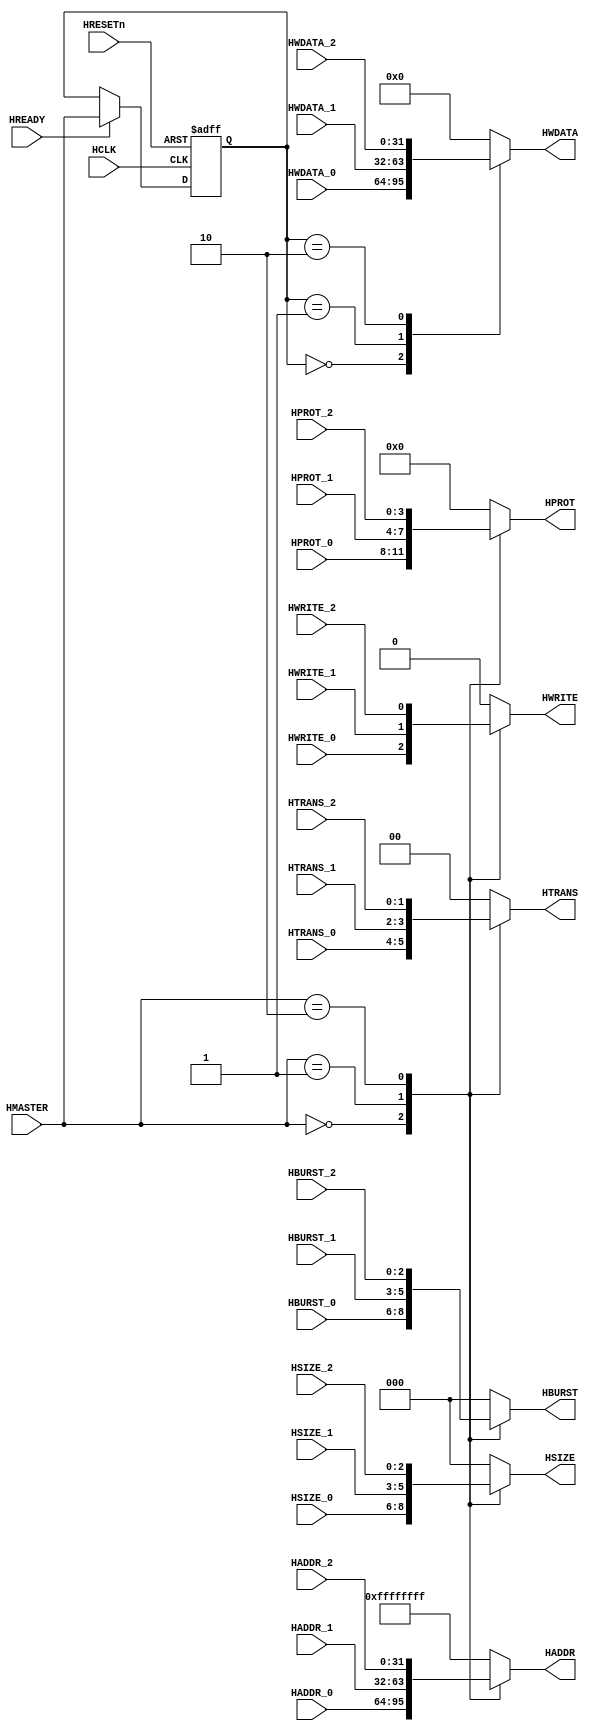
`ifndef AHB_M2S_M3_V
`define AHB_M2S_M3_V
/*********************************************************
 * Copyright (c) 2007 by Ando Ki.
 * All right reserved.
 *
 * http://www.dynalith.com
 * adki@dynalith.com
 *********************************************************/
/* AMBA AHB Master-to-Slave Mux
 */
`timescale 1ns/1ns

module ahb_m2s_m3 (
       HRESETn,
       HCLK,
       HREADY,
       HMASTER,
       HADDR,
       HPROT,
       HTRANS,
       HWRITE,
       HSIZE,
       HBURST,
       HWDATA,
       HADDR_0, HPROT_0, HTRANS_0, HWRITE_0, HSIZE_0, HBURST_0, HWDATA_0,
       HADDR_1, HPROT_1, HTRANS_1, HWRITE_1, HSIZE_1, HBURST_1, HWDATA_1,
       HADDR_2, HPROT_2, HTRANS_2, HWRITE_2, HSIZE_2, HBURST_2, HWDATA_2
);
  parameter NUM_MASTER = 3;
       input         HRESETn;  wire        HRESETn; 
       input         HCLK;     wire        HCLK;
       input         HREADY;   wire        HREADY;
       input  [3:0]  HMASTER;  wire [3:0]  HMASTER;
       output [31:0] HADDR;    reg  [31:0] HADDR;
       output [3:0]  HPROT;    reg  [3:0]  HPROT;
       output [1:0]  HTRANS;   reg  [1:0]  HTRANS;
       output        HWRITE;   reg         HWRITE;
       output [2:0]  HSIZE;    reg  [2:0]  HSIZE;
       output [2:0]  HBURST;   reg  [2:0]  HBURST;
       output [31:0] HWDATA;   reg  [31:0] HWDATA;
       input  [31:0] HADDR_0;  wire [31:0] HADDR_0;
       input  [3:0]  HPROT_0;  wire [3:0]  HPROT_0;
       input  [1:0]  HTRANS_0; wire [1:0]  HTRANS_0;
       input         HWRITE_0; wire        HWRITE_0;
       input  [2:0]  HSIZE_0;  wire [2:0]  HSIZE_0;
       input  [2:0]  HBURST_0; wire [2:0]  HBURST_0;
       input  [31:0] HWDATA_0; wire [31:0] HWDATA_0;
       input  [31:0] HADDR_1;  wire [31:0] HADDR_1;
       input  [3:0]  HPROT_1;  wire [3:0]  HPROT_1;
       input  [1:0]  HTRANS_1; wire [1:0]  HTRANS_1;
       input         HWRITE_1; wire        HWRITE_1;
       input  [2:0]  HSIZE_1;  wire [2:0]  HSIZE_1;
       input  [2:0]  HBURST_1; wire [2:0]  HBURST_1;
       input  [31:0] HWDATA_1; wire [31:0] HWDATA_1;
       input  [31:0] HADDR_2;  wire [31:0] HADDR_2;
       input  [3:0]  HPROT_2;  wire [3:0]  HPROT_2;
       input  [1:0]  HTRANS_2; wire [1:0]  HTRANS_2;
       input         HWRITE_2; wire        HWRITE_2;
       input  [2:0]  HSIZE_2;  wire [2:0]  HSIZE_2;
       input  [2:0]  HBURST_2; wire [2:0]  HBURST_2;
       input  [31:0] HWDATA_2; wire [31:0] HWDATA_2;
       //----------------------------
       reg [3:0] hmaster_delay;
       always @ (posedge HCLK or negedge HRESETn)
       begin
           if (HRESETn==1'b0) begin
                hmaster_delay <= 4'b0;
           end else begin
                if (HREADY) begin
                   hmaster_delay <= HMASTER;
                end
           end
       end
       //----------------------------
       always @ (HMASTER or HADDR_0 or HADDR_1 or HADDR_2 )
           case (HMASTER)
           4'h0: HADDR = HADDR_0;
           4'h1: HADDR = HADDR_1;
           4'h2: HADDR = HADDR_2;
           default: HADDR = ~32'b0;
           endcase
       always @ (HMASTER or HPROT_0 or HPROT_1 or HPROT_2 )
           case (HMASTER)
           4'h0: HPROT = HPROT_0;
           4'h1: HPROT = HPROT_1;
           4'h2: HPROT = HPROT_2;
           default: HPROT = 32'b0;
           endcase
       always @ (HMASTER or HTRANS_0 or HTRANS_1 or HTRANS_2 )
           case (HMASTER)
           4'h0: HTRANS = HTRANS_0;
           4'h1: HTRANS = HTRANS_1;
           4'h2: HTRANS = HTRANS_2;
           default: HTRANS = 32'b0;
           endcase
       always @ (HMASTER or HWRITE_0 or HWRITE_1 or HWRITE_2 )
           case (HMASTER)
           4'h0: HWRITE = HWRITE_0;
           4'h1: HWRITE = HWRITE_1;
           4'h2: HWRITE = HWRITE_2;
           default: HWRITE = 32'b0;
           endcase
       always @ (HMASTER or HSIZE_0 or HSIZE_1 or HSIZE_2 )
           case (HMASTER)
           4'h0: HSIZE = HSIZE_0;
           4'h1: HSIZE = HSIZE_1;
           4'h2: HSIZE = HSIZE_2;
           default: HSIZE = 32'b0;
           endcase
       always @ (HMASTER or HBURST_0 or HBURST_1 or HBURST_2 )
           case (HMASTER)
           4'h0: HBURST = HBURST_0;
           4'h1: HBURST = HBURST_1;
           4'h2: HBURST = HBURST_2;
           default: HBURST = 32'b0;
           endcase
       always @ (hmaster_delay or HWDATA_0 or HWDATA_1 or HWDATA_2 )
           case (hmaster_delay)
           4'h0: HWDATA = HWDATA_0;
           4'h1: HWDATA = HWDATA_1;
           4'h2: HWDATA = HWDATA_2;
           default: HWDATA = 32'b0;
           endcase
endmodule
`endif